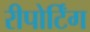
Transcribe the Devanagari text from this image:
रीपोर्टिंग